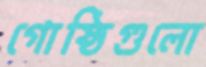
গোষ্ঠিগুলো